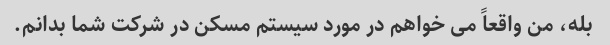
بله، من واقعاً می خواهم در مورد سیستم مسکن در شرکت شما بدانم.